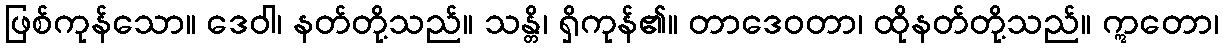
ဖြစ်ကုန်သော။ ဒေဝါ၊ နတ်တို့သည်။ သန္တိ၊ ရှိကုန်၏။ တာဒေဝတာ၊ ထိုနတ်တို့သည်။ ဣတော၊